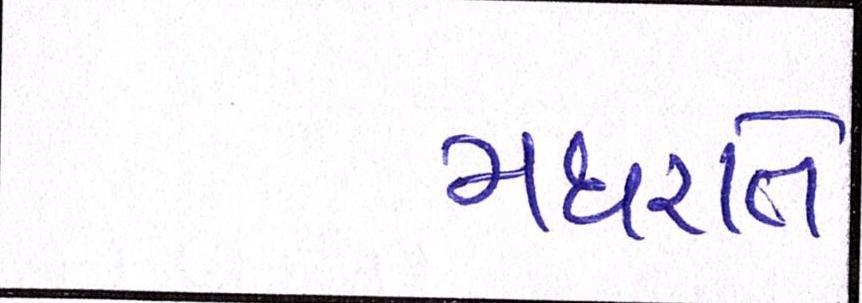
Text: મધરાતે